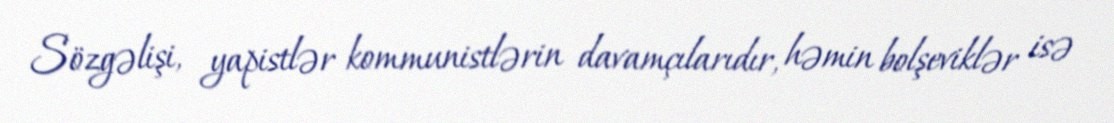
Sözgəlişi, yapistlər kommunistlərin davamçılarıdır, həmin bolşeviklər isə